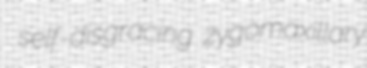
self-disgracing zygomaxillary